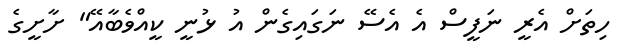
ހިތަށް އެރީ ނަފީސް އެ އެސޭ ނަގައިގެން އު ޅުނީ ކީއްވެބާއޭ" ށާށީގެ